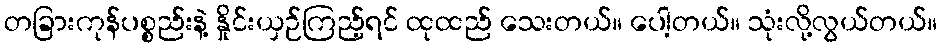
တခြားကုန်ပစ္စည်းနဲ့ နှိုင်းယှဉ်ကြည့်ရင် ထုထည် သေးတယ်။ ပေါ့တယ်။ သုံးလို့လွယ်တယ်။